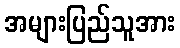
အများပြည်သူအား